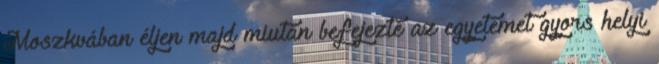
Moszkvában éljen majd miután befejezte az egyetemet gyors helyi